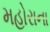
મહોરાના